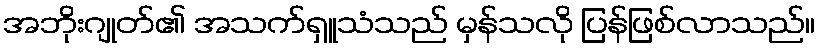
အဘိုးဂျုတ်၏ အသက်ရှူသံသည် မှန်သလို ပြန်ဖြစ်လာသည်။